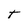
Character: T